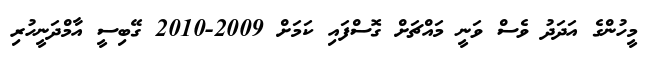
މީހުންގެ އަދަދު ވެސް ވަނީ މައްޗަށް ގޮސްފައި ކަމަށް 2009-2010 ގޭބިސީ އާމްދަނީހުރި